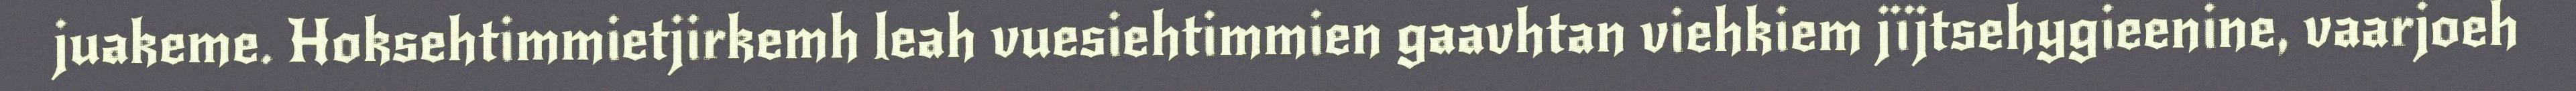
juakeme. Hoksehtimmietjirkemh leah vuesiehtimmien gaavhtan viehkiem jïjtsehygieenine, vaarjoeh